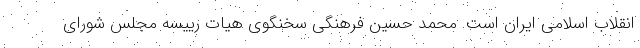
انقلاب اسلامی ایران است. محمد حسین فرهنگی سخنگوی هیات رییسه مجلس شورای